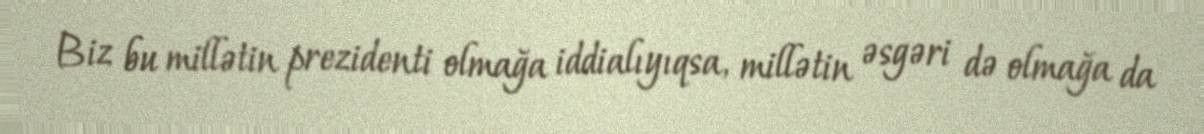
Biz bu millətin prezidenti olmağa iddialıyıqsa, millətin əsgəri də olmağa da